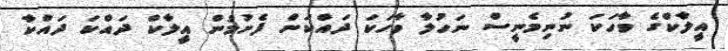
އީލާކްގެ ވާހަކަ ނުނިމެނީސް ނަހުލާ ވާހަކަ ދައްކަން ފެށުމުން އީލާކް ދައްކަ ދައްކާ